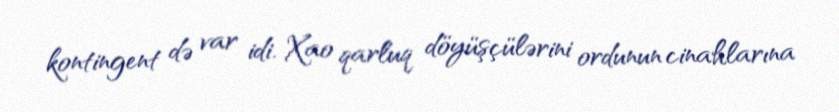
kontingent də var idi. Xao qarluq döyüşçülərini ordunun cinahlarına